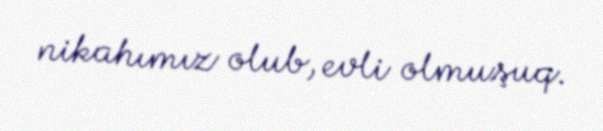
nikahımız olub, evli olmuşuq.